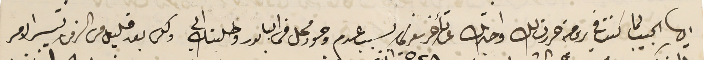
ايها الحبيب لما كنت في رومية حررت لك واخبرتك عن تأخر سفري بسب عدم وجود محل في البابور وطلبتك الي ولكن بعد قليل من الزمن تيسر الامر